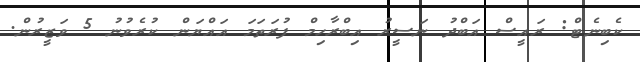
ކެބިނެޓް: ރައީސް އަބްދު ނަސީރު އިބްރާހިމް ފުރަތަމަ އައްޔަން ކުރެވުނު 5 ވަޒީރުން.